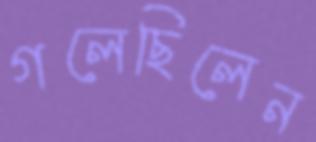
গলেছিলেন